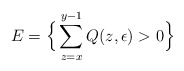
\begin{align*}E=\Big\{\sum_{z=x}^{y-1}Q(z,\epsilon)>0\Big\}\end{align*}